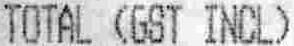
TOTAL (GST INCL)